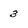
Character: 3